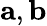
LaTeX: \mathbf{a},\mathbf{b}